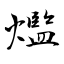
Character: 爁